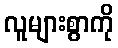
လူများစွာကို